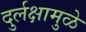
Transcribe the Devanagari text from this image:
दुर्लक्षामुळे